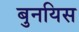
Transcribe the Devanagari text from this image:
बुनयिस